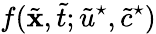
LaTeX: f(\tilde{\textbf{x}},\tilde{t};\tilde{u}^{\star},\tilde{c}^{\star})